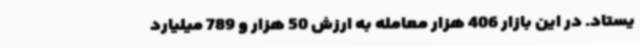
یستاد. در این بازار 406 هزار معامله به ارزش 50 هزار و 789 میلیارد